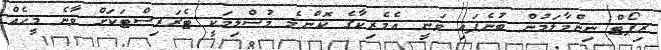
ރިޕޯޓް ނިންމާލަމުން ބުނެފައި ވަނީ އެމެރިކާގެ ކޮންމެ މުސްލިމަކީ ޓެރަރިސްޓަކަށް ވާނެ މީހެއް